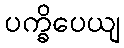
ပက္ခိပေယျ